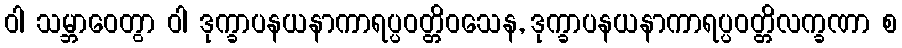
ဝါ သမ္ဘာဝေတွာ ဝါ ဒုက္ခာပနယနာကာရပ္ပဝတ္တိဝသေန, ဒုက္ခာပနယနာကာရပ္ပဝတ္တိလက္ခဏာ စ